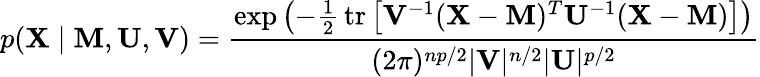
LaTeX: p(\mathbf{X}\mid\mathbf{M},\mathbf{U},\mathbf{V})={\frac{\exp\left(-{\frac{1}{2}}\, \mathrm{tr}\left[\mathbf{V}^{-1}(\mathbf{X}-\mathbf{M})^{T}\mathbf{U}^{-1}(\mathbf{X}-\mathbf{M})\right]\right)}{(2\pi)^{np/2}|\mathbf{V}|^{n/2}|\mathbf{U}|^{p/2}}}